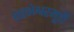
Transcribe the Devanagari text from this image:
शरभेश्वरमूर्ती